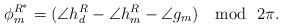
LaTeX: \begin{align*} \phi^{R^*}_m = (\angle{h^R_d}-\angle{h^R_m}-\angle{g_m}) \mod \ 2\pi.\end{align*}